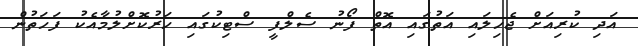
އަދި ކުރިއަށް ޖެހިލައި އަތުގައި އޮތް ފޯނު ސެލްފީ ސްޓިކުގައި ހަރުކޮށްލުމާއެކު ފަހަތުން